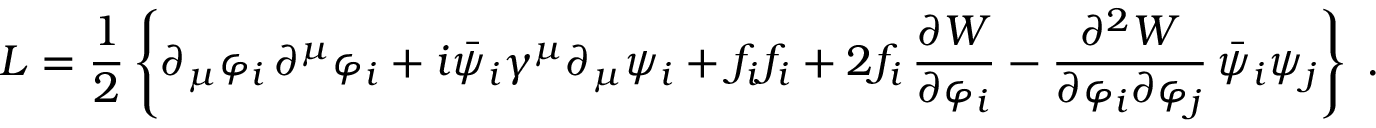
{ \cal L } = \frac { 1 } { 2 } \left\{ \partial _ { \mu } \varphi _ { i } \, \partial ^ { \mu } \varphi _ { i } + i \bar { \psi } _ { i } \gamma ^ { \mu } \partial _ { \mu } \psi _ { i } + f _ { i } f _ { i } + 2 f _ { i } \, \frac { \partial { W } } { \partial \varphi _ { i } } - \frac { \partial ^ { 2 } { W } } { \partial \varphi _ { i } \partial \varphi _ { j } } \, \bar { \psi } _ { i } \psi _ { j } \right\} \; .